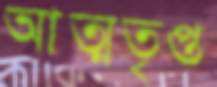
আত্মতৃপ্ত